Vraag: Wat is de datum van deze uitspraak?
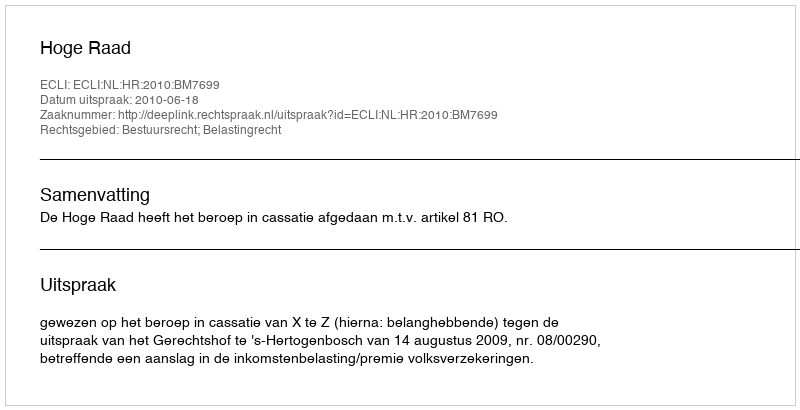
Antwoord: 2010-06-18